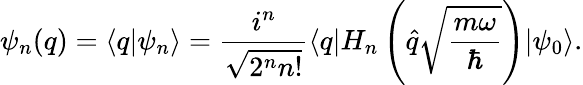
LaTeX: \psi_{n}(q)=\langle q|\psi_{n}\rangle=\frac{i^{n}}{\sqrt{2^{n}n!}}\langle q|H_{n}\left(\hat{q}\sqrt{\frac{m\omega}{\hbar}}\right)|\psi_{0}\rangle.